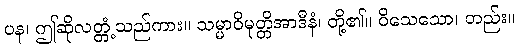
ပန၊ ဤဆိုလတ္တံ့သည်ကား။ သမ္မာဝိမုတ္တိအာဒီနံ၊ တို့၏။ ဝိသေသော၊ တည်း။